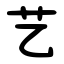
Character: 艺